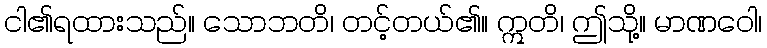
ငါ၏ရထားသည်။ သောဘတိ၊ တင့်တယ်၏။ ဣတိ၊ ဤသို့။ မာဏဝေါ၊